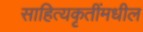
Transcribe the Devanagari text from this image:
साहित्यकृतींमधील